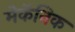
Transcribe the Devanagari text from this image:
मेकॅनिक